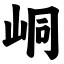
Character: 峒